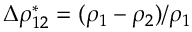
\Delta \rho _ { 1 2 } ^ { * } = ( \rho _ { 1 } - \rho _ { 2 } ) / \rho _ { 1 }